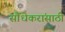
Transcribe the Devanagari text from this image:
सौंधेकरांसाठी